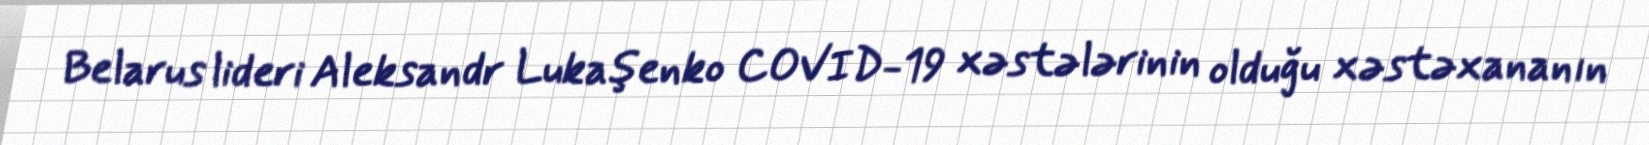
Belarus lideri Aleksandr Lukaşenko COVID-19 xəstələrinin olduğu xəstəxananın